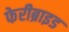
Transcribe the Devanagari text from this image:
फेरीब्राइड